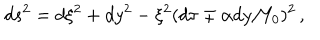
d s ^ { 2 } = d \xi ^ { 2 } + d y ^ { 2 } - \xi ^ { 2 } ( d \tau \mp \alpha d y / Y _ { 0 } ) ^ { 2 } \, ,